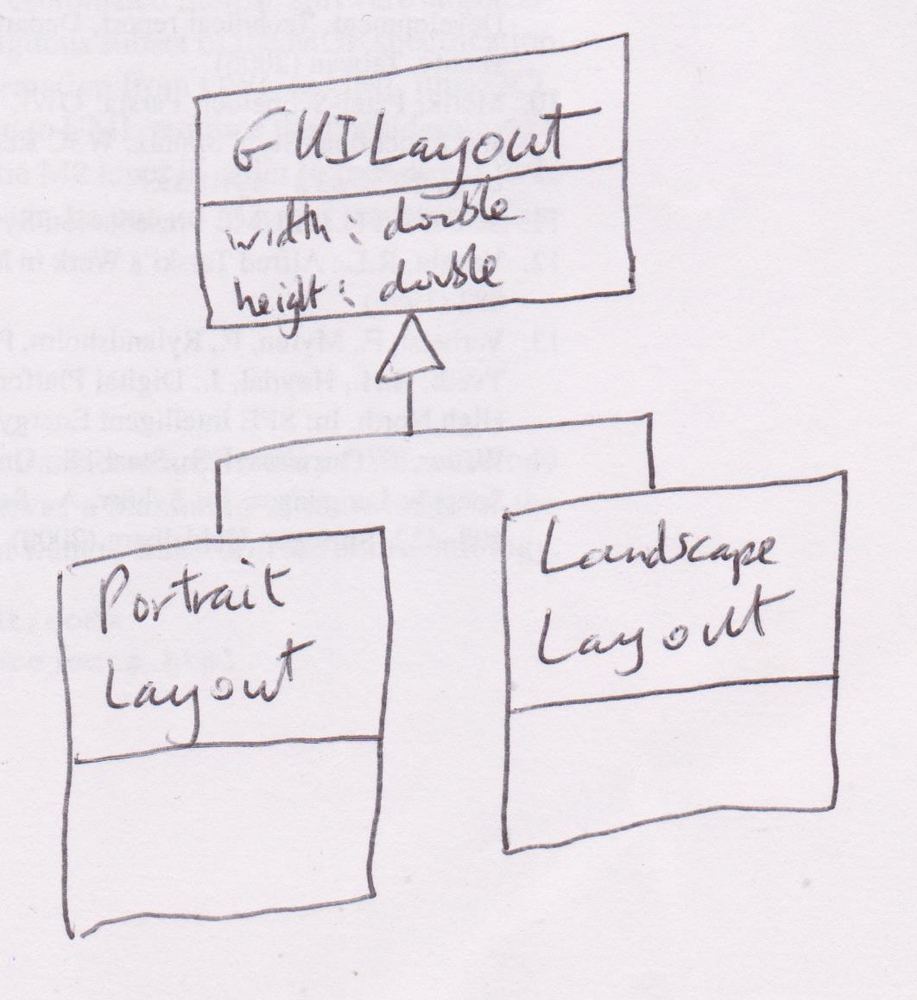
Diagram type: class_diagram
```plantuml
@startuml

skinParam groupInheritance 2

class GUILayout {
  width: double
  height: double
}

class PortraitLayout extends GUILayout

class LandscapeLayout extends GUILayout

@enduml
```